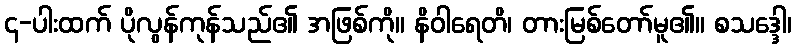
၄-ပါးထက် ပိုလွန်ကုန်သည်၏ အဖြစ်ကို။ နိဝါရေတိ၊ တားမြစ်တော်မူ၏။ စသဒ္ဒေါ၊